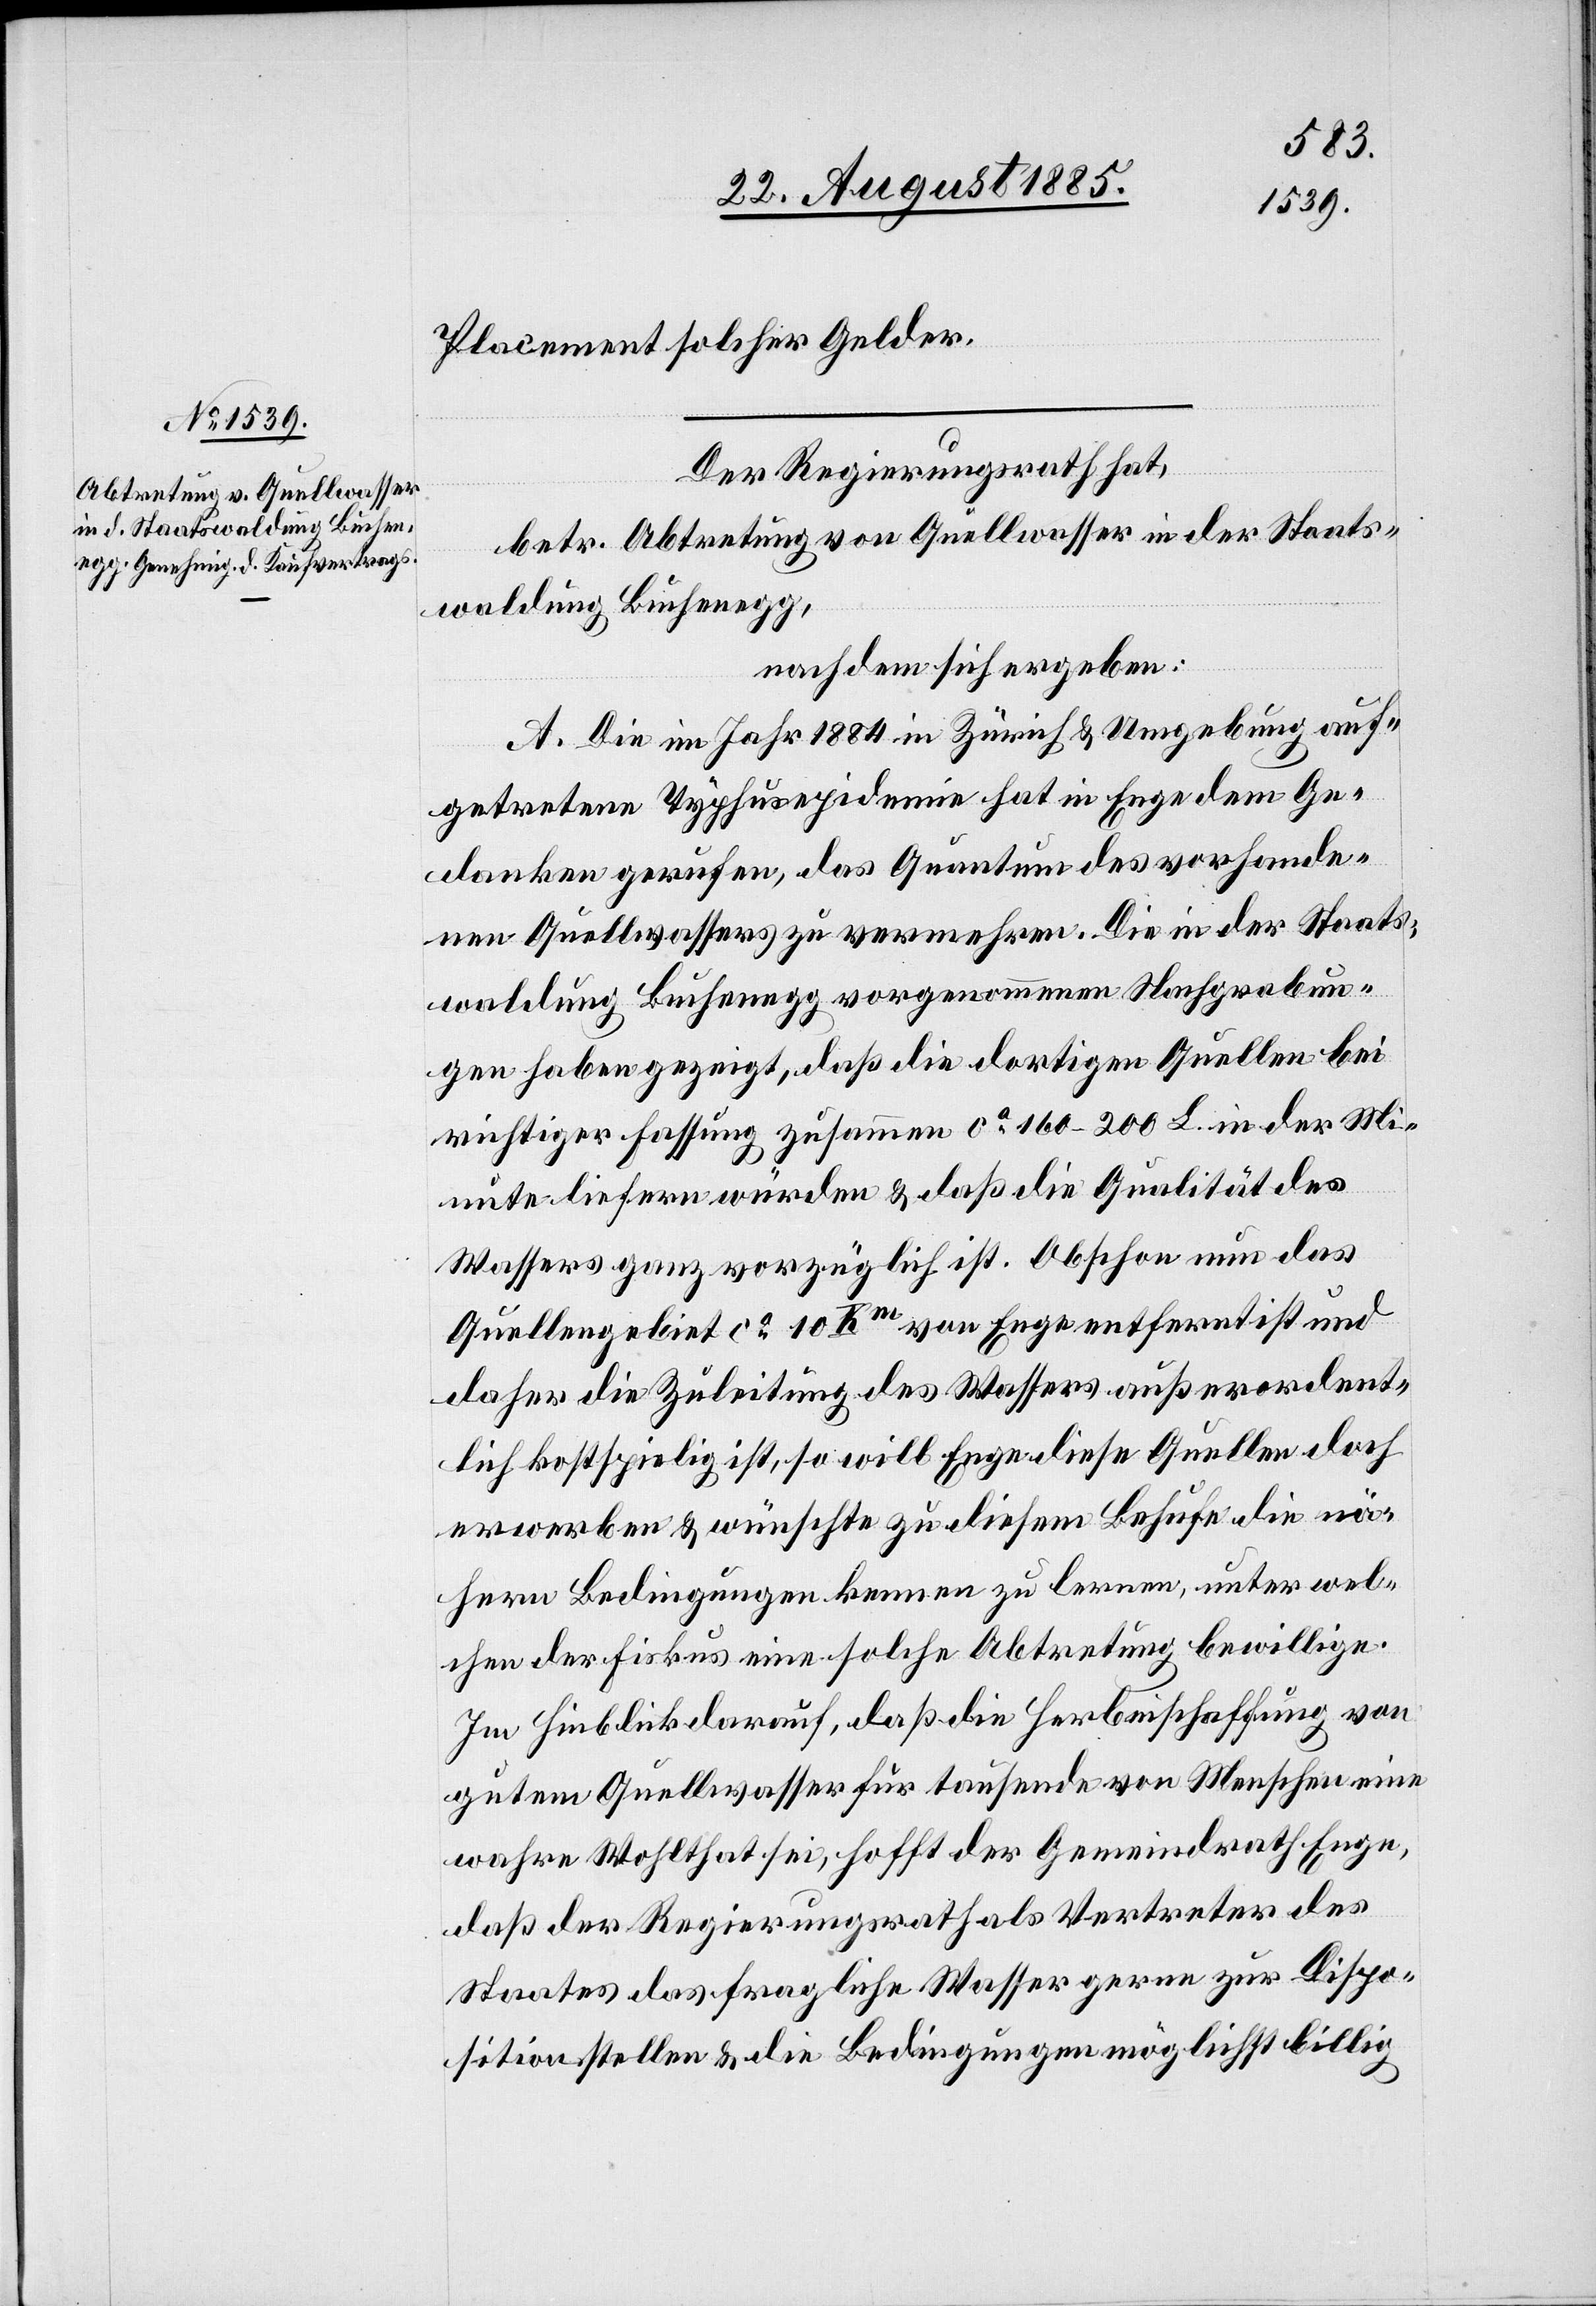
Placement solcher Gelder.
Der Regierungsrath hat,
betr. Abtretung von Quellwasser in der Staats¬
waldung Buchenegg,
nachdem sich ergeben:
A. Die im Jahr 1884 in Zürich & Umgebung auf¬
getretene Typhusepidemie hat in Enge dem Ge¬
danken gerufen, das Quantum des vorhande¬
nen Quellwassers zu vermehren. Die in der Staats¬
waldung Buchenegg vorgenommenen Nachgrabun¬
gen haben gezeigt, daß die dortigen Quellen bei
richtiger Fassung zusammen ca 160–200 L. in der Mi¬
nute liefern würden & daß die Qualität des
Wassers ganz vorzüglich ist. Obschon nun das
Quellengebiet ca 10 Km von Enge entfernt ist und
daher die Zuleitung des Wassers außerordent¬
lich kostspielig ist, so will Enge diese Quellen doch
erwerben & wünschte zu diesem Behufe die nä¬
heren Bedingungen kennen zu lernen, unter wel¬
chen der Fiskus eine solche Abtretung bewillige.
Im Hinblick darauf, daß die Herbeischaffung von
gutem Quellwasser für tausende von Menschen eine
wahre Wohlthat sei, hofft der Gemeindrath Enge,
daß der Regierungsrath als Vertreter des
Staates das fragliche Wasser gerne zur Dispo¬
sition stellen & die Bedingungen möglichst billig